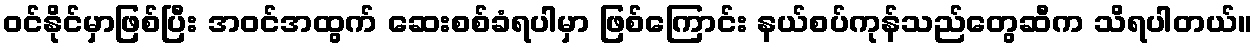
ဝင်နိုင်မှာဖြစ်ပြီး အဝင်အထွက် ဆေးစစ်ခံရပါမှာ ဖြစ်ကြောင်း နယ်စပ်ကုန်သည်တွေဆီက သိရပါတယ်။